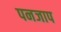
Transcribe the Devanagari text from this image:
पनजाप